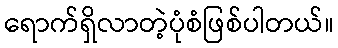
ရောက်ရှိလာတဲ့ပုံစံဖြစ်ပါတယ်။